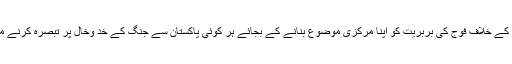
کشمیری شہریوں کے خلاف فوج کی بربریت کو اپنا مرکزی موضوع بنانے کے بجائے ہر کوئی پاکستان سے جنگ کے خد وخال پر تبصرہ کرنے میں مصروف ہے۔